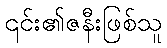
၎င်း၏ဇနီးဖြစ်သူ